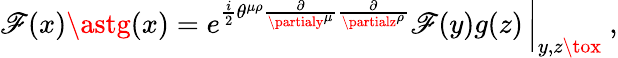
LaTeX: \mathscr{F}(x)\astg(x)=\left.e^{\frac{{i}}{{2}}\theta^{\mu\rho}\frac{{\partial}}{{\partialy^{\mu}}}\frac{{\partial}}{{\partialz^{\rho}}}}\mathscr{F}(y)g(z)\, \right|_{y,z\tox}~,